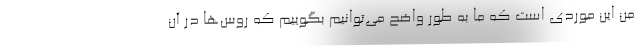
من این موردی است که ما به طور واضح می‌توانیم بگوییم که روس‌ها در آن